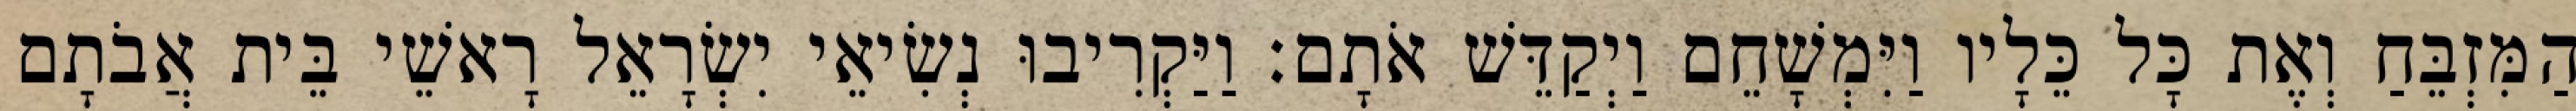
הַמִּזְבֵּחַ וְאֶת כָּל כֵּלָיו וַיִּמְשָׁחֵם וַיְקַדֵּשׁ אֹתָם׃ וַיַּקְרִיבוּ נְשִׂיאֵי יִשְׂרָאֵל רָאשֵׁי בֵּית אֲבֹתָם